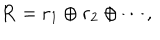
LaTeX: { \bf R } = { \bf r } _ { 1 } \oplus { \bf r } _ { 2 } \oplus \cdots ,